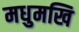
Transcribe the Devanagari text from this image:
मधुमखि